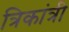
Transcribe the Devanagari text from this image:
त्रिकांत्री